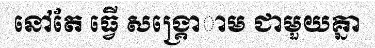
នៅតែ ធ្វើ សង្គ្រោាម ជាមួយគ្នា